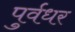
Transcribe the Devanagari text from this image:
पुर्वधर